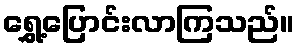
ရွှေ့ပြောင်းလာကြသည်။